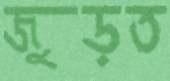
জুড়ত